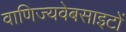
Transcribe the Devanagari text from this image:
वाणिज्यवेबसाइटों